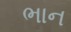
ભાન